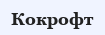
Кокрофт